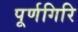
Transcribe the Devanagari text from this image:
पूर्णगिरि